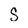
Character: S